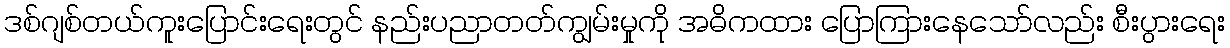
ဒစ်ဂျစ်တယ်ကူးပြောင်းရေးတွင် နည်းပညာတတ်ကျွမ်းမှုကို အဓိကထား ပြောကြားနေသော်လည်း စီးပွားရေး